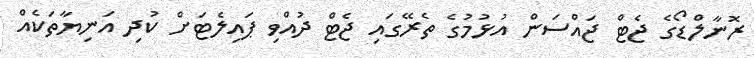
ރޮނާލްޑޯގެ ޖެޓް ޖައްސަން އުޅުމުގެ ތެރޭގައި ޖެޓް ދުއްވި ޕައިލެޓަށް ކުދި އަނިޔާތަކެއް